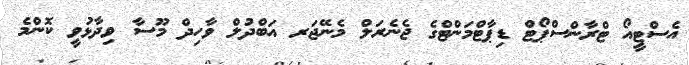
އެސްޓީއޯ ޓްރާންސްޕޯޓް ޑިޕާޓްމަންޓްގެ ޖެނެރަލް މެނޭޖަރ އަބްދުލް ވާހިދް މޫސާ ވިދާޅުވީ ކޮންމެ